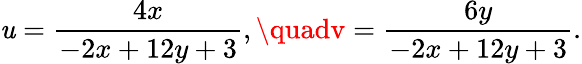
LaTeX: \mathit{u}={\frac{{4x}}{{-2x+12y+3}}},\quadv={\frac{{6y}}{{-2x+12y+3}}}.